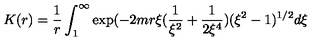
K ( r ) = \frac { 1 } { r } \int _ { 1 } ^ { \infty } \exp ( - 2 m r \xi ( \frac { 1 } { \xi ^ { 2 } } + \frac { 1 } { 2 \xi ^ { 4 } } ) ( \xi ^ { 2 } - 1 ) ^ { 1 / 2 } d \xi